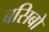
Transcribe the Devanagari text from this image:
बसिबो